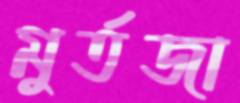
মুর্তজা